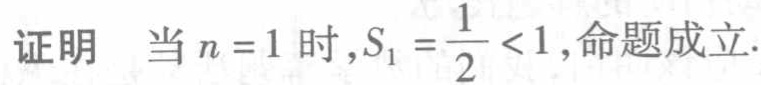
证明 当 \(n = 1\) 时，\(S_{1}=\frac{1}{2}<1\)，命题成立.